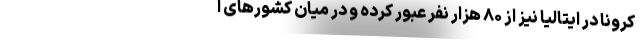
کرونا در ایتالیا نیز از ۸۰ هزار نفر عبور کرده و در میان کشورهای ا